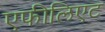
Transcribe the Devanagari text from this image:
एफीलिएट